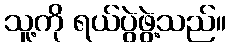
သူ့ကို ရယ်ပွဲဖွဲ့သည်။